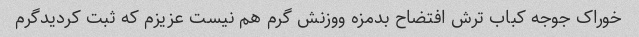
خوراک جوجه کباب ترش افتضاح بدمزه ووزنش گرم هم نیست عزیزم که ثبت کردیدگرم